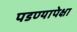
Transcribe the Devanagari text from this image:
पडण्यापेक्षा